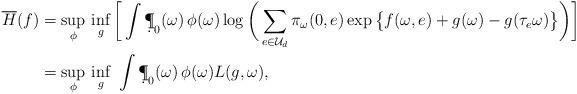
LaTeX: \begin{align*}\begin{aligned}\overline H(f) &= \sup_{\phi}\, \inf_{g} \bigg[\int \d\P_0(\omega)\,\phi(\omega) \log\bigg(\sum_{e\in\mathcal U_d}\pi_\omega(0,e)\exp\big\{f(\omega,e)+ g(\omega)-g(\tau_e\omega)\big\}\bigg)\bigg] \\&=\sup_{\phi}\, \inf_{g} \,\,\int \d\P_0(\omega)\,\phi(\omega) L(g,\omega),\end{aligned}\end{align*}